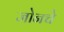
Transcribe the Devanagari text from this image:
जोनचे